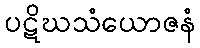
ပဋိဃသံယောဇနံ